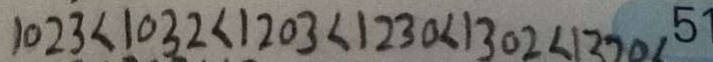
1 0 2 3 < 1 0 3 2 < 1 2 0 3 < 1 2 3 0 < 1 3 0 2 < 1 3 2 0